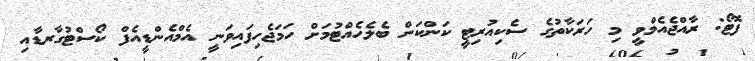
ފޮޓޯ: ރާއްޖެއެމްވީ މި ހަރަކާތުގެ ސެކިއުރިޓީ ކަންކަން ބެލެހެއްޓުމަށް ހަމަޖެހިފައިވަނީ އެމްއެންޑީއެފް ކޯސްޓުގާރޑާއި